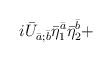
LaTeX: \begin{align*}i{\bar U}_{\bar a;\bar b}{\bar\eta}^{\bar a}_1{\bar\eta}^{\bar b}_2+\end{align*}